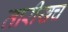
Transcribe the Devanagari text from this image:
तारीखच